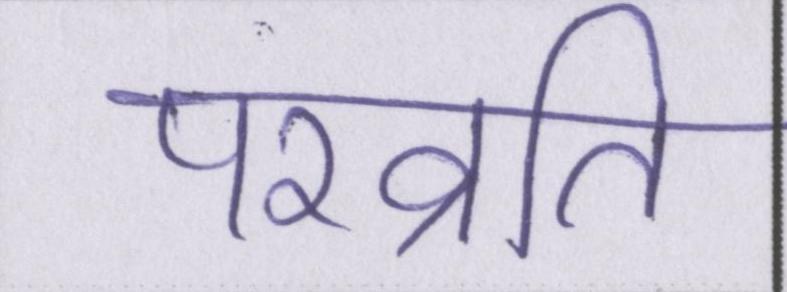
परव्रति